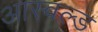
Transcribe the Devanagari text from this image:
आस्वल्ड